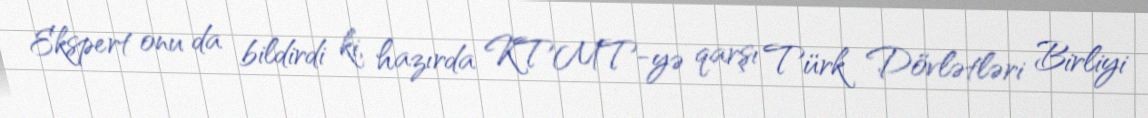
Ekspert onu da bildirdi ki, hazırda KTMT-yə qarşı Türk Dövlətləri Birliyi